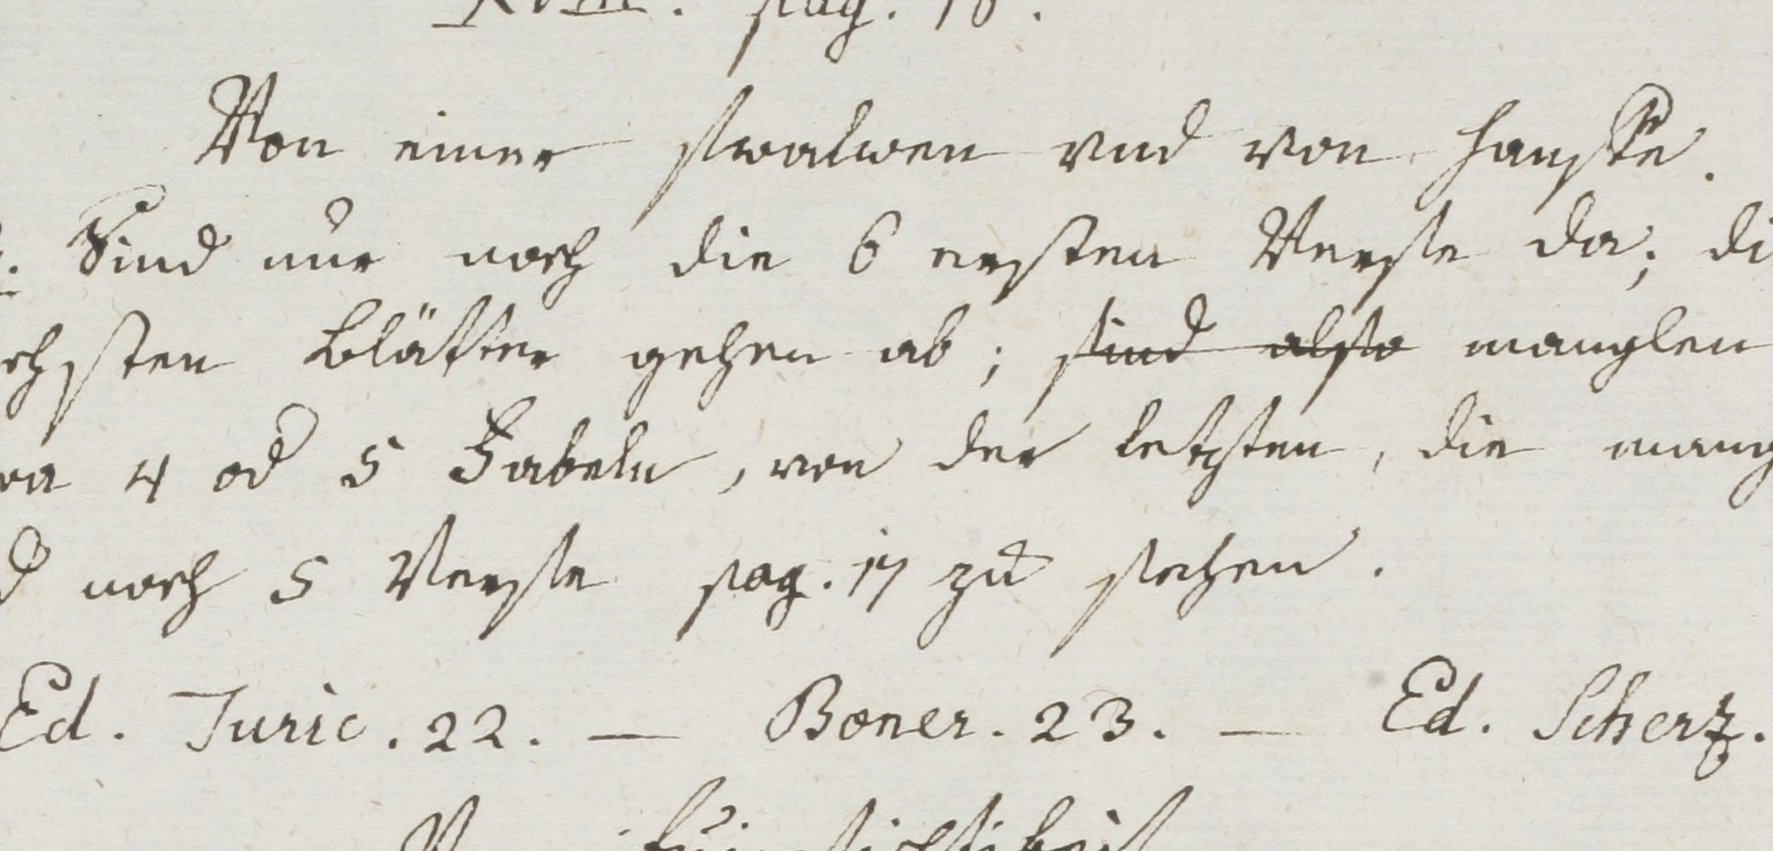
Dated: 1400–1499